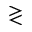
\gtrless